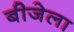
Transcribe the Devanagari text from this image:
बीजेला